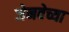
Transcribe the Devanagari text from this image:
जेनवेच्या